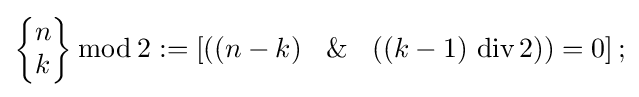
{\begin{Bmatrix}n\\k\end{Bmatrix}}\,{\bmod {\,}}2:=\left[\left(\left(n-k\right)\ \And \ \left(\left(k-1\right)\,\mathrm {div} \,2\right)\right)=0\right];